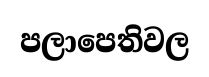
පලාපෙතිවල